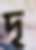
দৃ